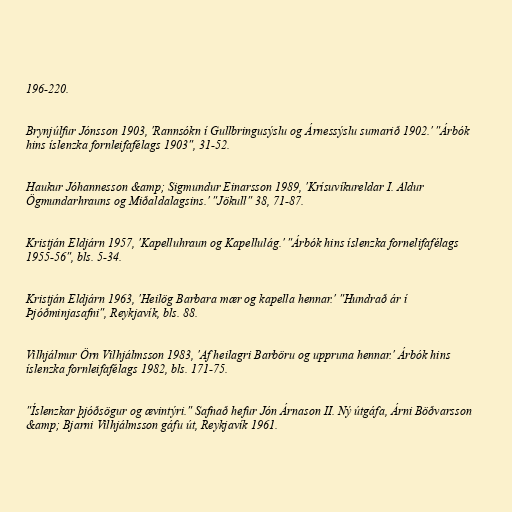
196-220.

Brynjúlfur Jónsson 1903, 'Rannsókn í Gullbringusýslu og Árnessýslu sumarið 1902.' "Árbók
hins íslenzka fornleifafélags 1903", 31-52.

Haukur Jóhannesson &amp; Sigmundur Einarsson 1989, 'Krísuvíkureldar I. Aldur
Ögmundarhrauns og Miðaldalagsins.' "Jökull" 38, 71-87.

Kristján Eldjárn 1957, 'Kapelluhraun og Kapellulág.' "Árbók hins íslenzka fornelifafélags
1955-56", bls. 5-34.

Kristján Eldjárn 1963, 'Heilög Barbara mær og kapella hennar.' "Hundrað ár í
Þjóðminjasafni", Reykjavík, bls. 88.

Vilhjálmur Örn Vilhjálmsson 1983, 'Af heilagri Barböru og uppruna hennar.' Árbók hins
íslenzka fornleifafélags 1982, bls. 171-75.

"Íslenzkar þjóðsögur og ævintýri." Safnað hefur Jón Árnason II. Ný útgáfa, Árni Böðvarsson
&amp; Bjarni Vilhjálmsson gáfu út, Reykjavík 1961.